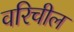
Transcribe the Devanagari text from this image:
वरिचील